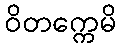
ဝိတက္ကေမိ